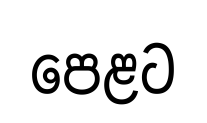
පෙළට